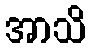
အာသိ